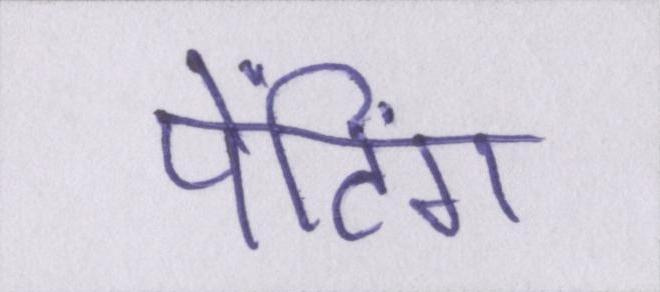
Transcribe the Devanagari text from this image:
पेंटिंग